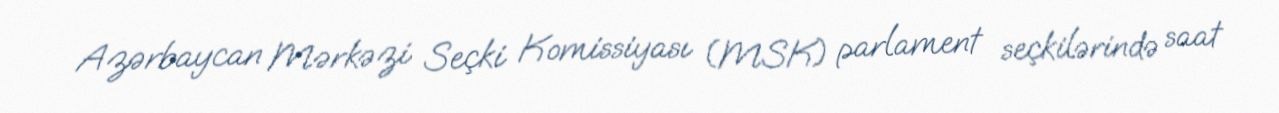
Azərbaycan Mərkəzi Seçki Komissiyası (MSK) parlament seçkilərində saat